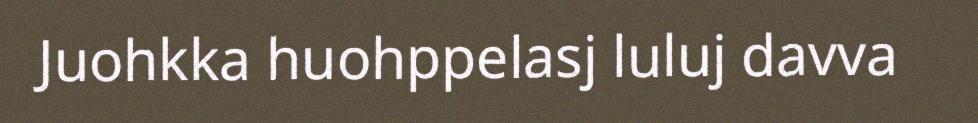
Juohkka huohppelasj luluj davva